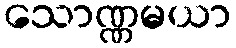
သောဏ္ဏမယာ